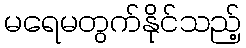
မရေမတွက်နိုင်သည့်